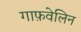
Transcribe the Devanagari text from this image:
गाफ़वेलिन